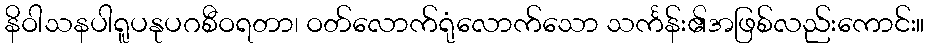
နိဝါသနပါရူပနုပဂစီဝရတာ၊ ဝတ်လောက်ရုံလောက်သော သင်္ကန်း၏အဖြစ်လည်းကောင်း။